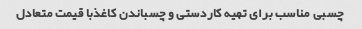
چسبی مناسب برای تهیه کاردستی و چسباندن کاغذبا قیمت متعادل